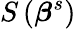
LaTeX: S\left({\boldsymbol{\beta}}^{s}\right)